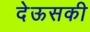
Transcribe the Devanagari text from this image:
देऊसकी